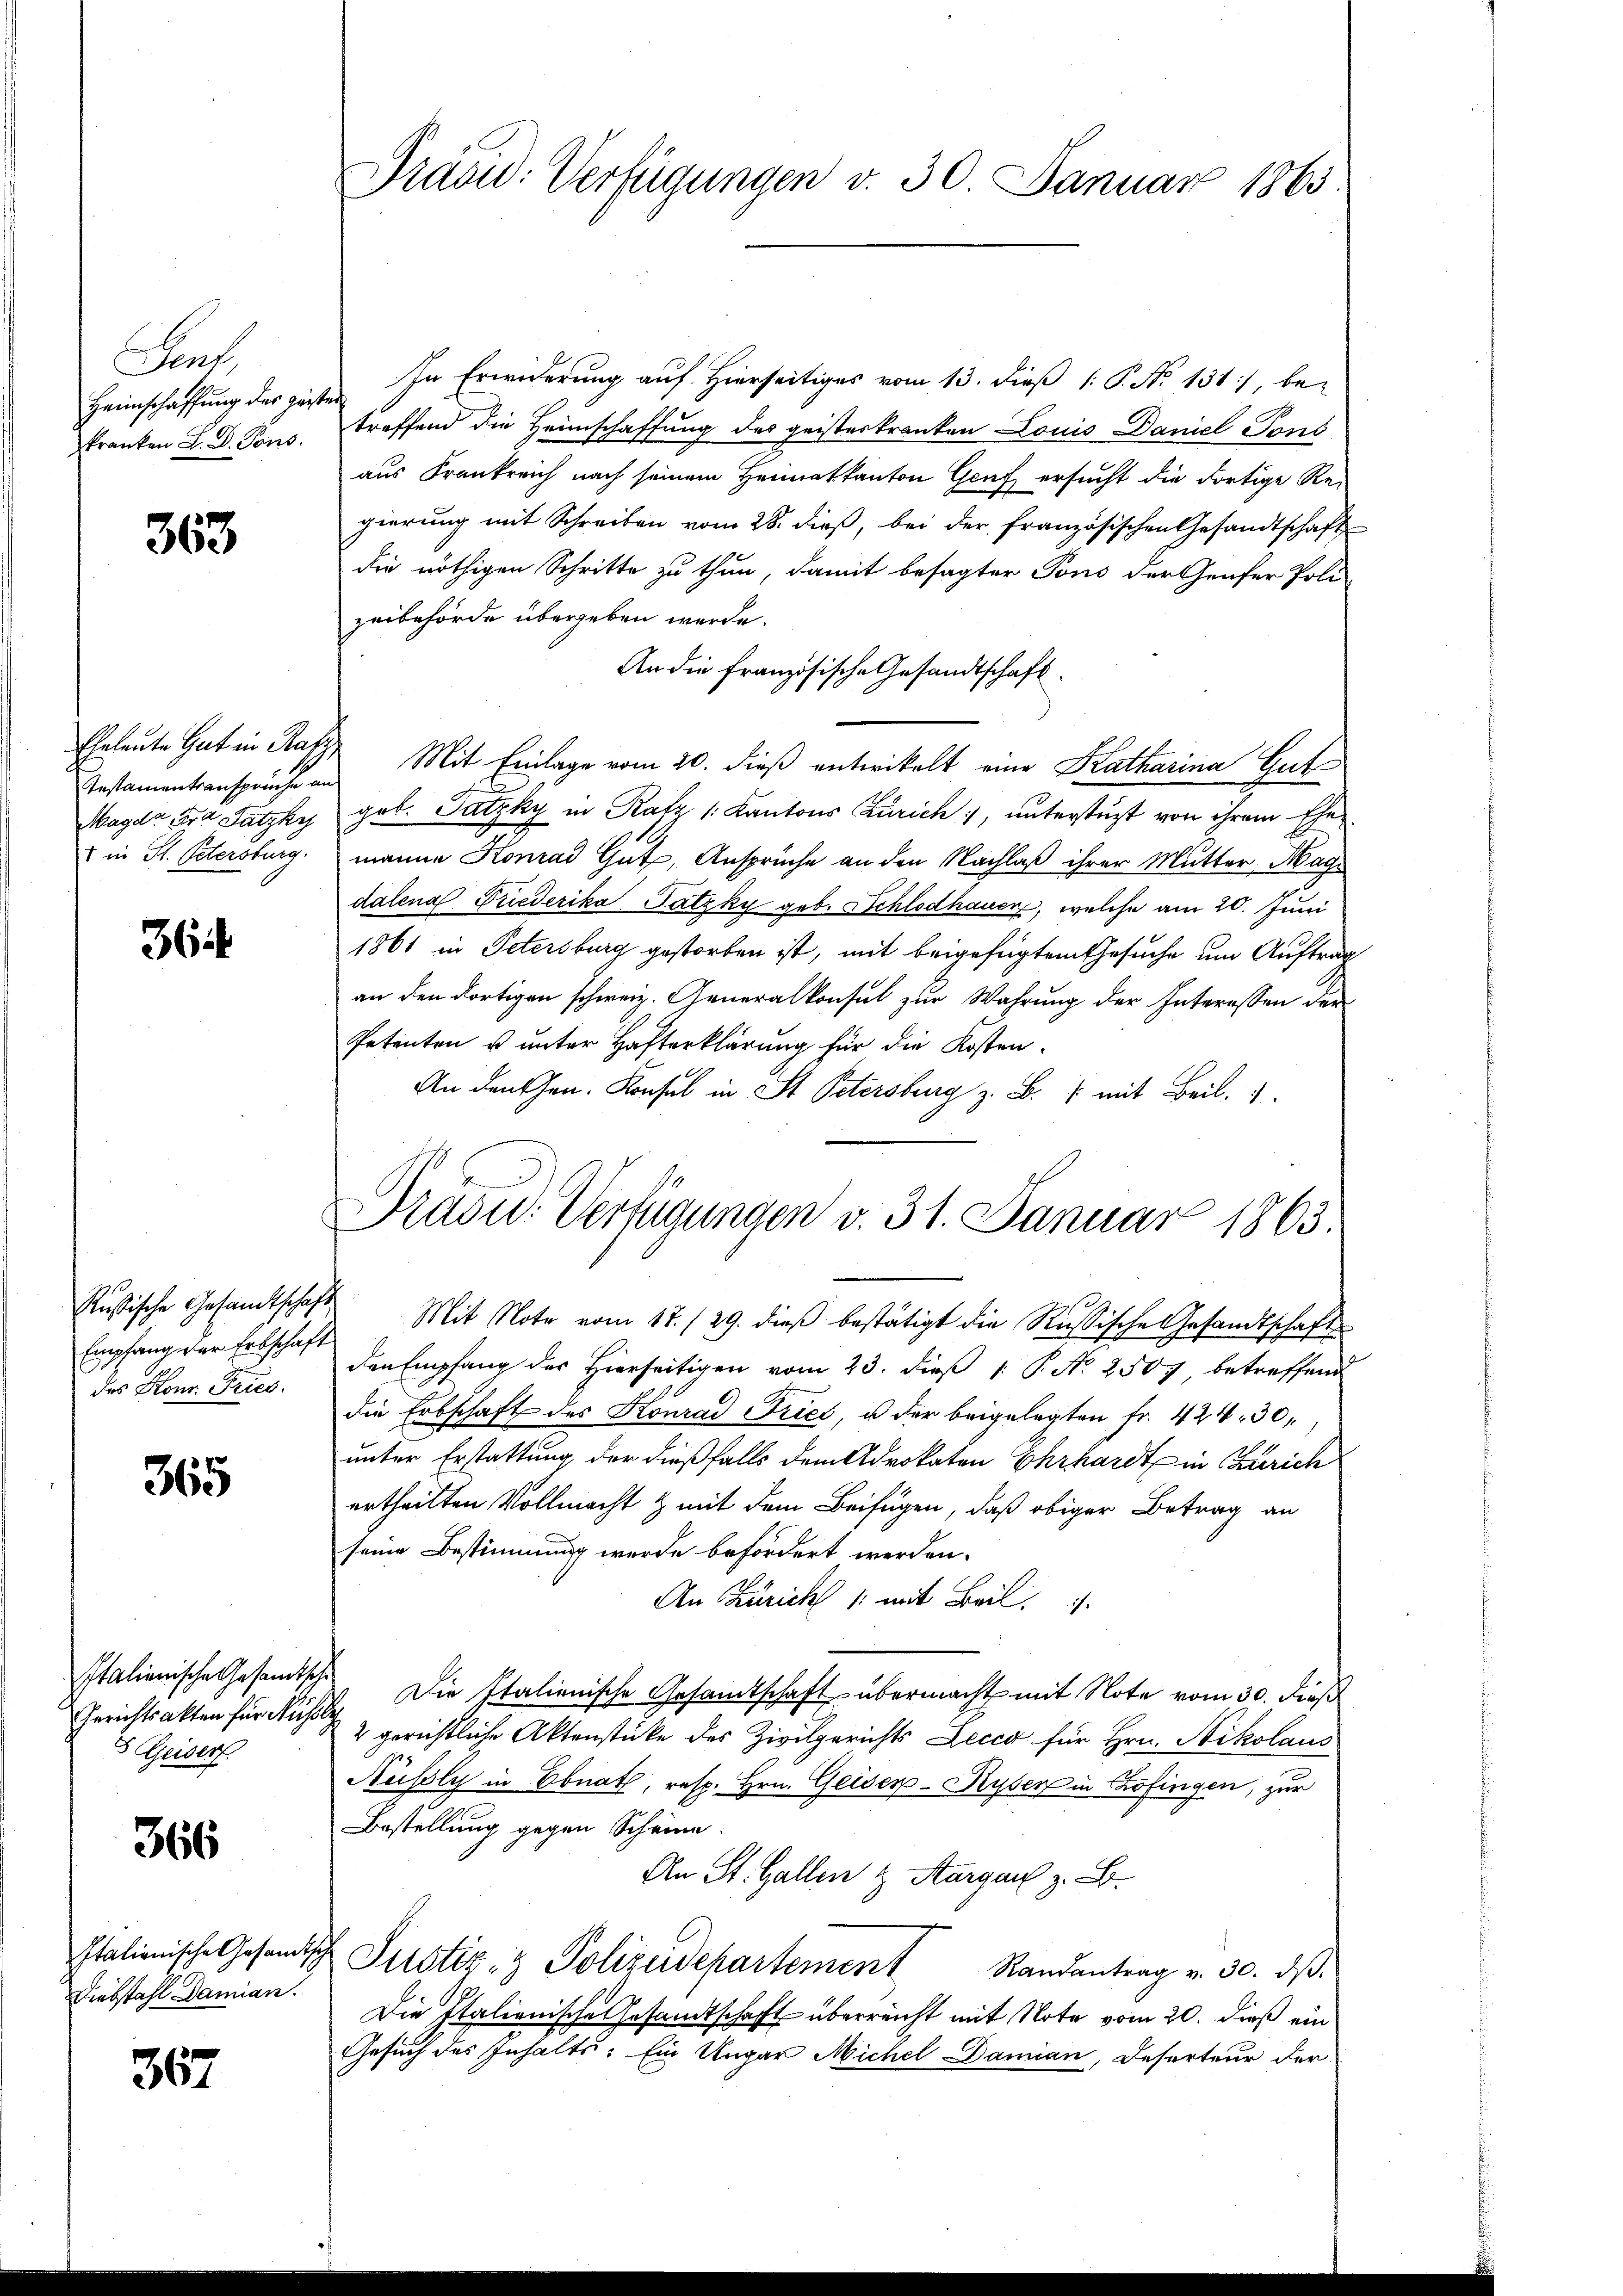
Sent
Heimschaffung des gest
kranken L. D. Pons.

363

Instamentsansprüche an
Magd Fra Satzky
1 in St. Petersburg.

364

Rußische Gesandtschafts
Empfang der Erbschaft
des Kons. Tries.

365

Italienische Gesandts
Gerichtsakten für Müh
5 Geiser

366

Italionische Gesamt
Diebstahl Damian.

367

Präcu: Verfügungen v. 30. Januar 1863.

In Erwiderung auf Hierseitiges vom 13. dieß P. No 131, be-
¬
treffend die Heimschaffung des geisteskranken Louis Daniel Tons
aus Frankreich nach seinem Heimatkanton Genf ersucht die dortige Regierung mit Schreiben vom 28. dieß, bei der französischen Gesandtschaft
die nöthigen Schritte zu thun, damit besagter Tons der Genfer Poli-
zeibehörde übergeben werde.
An die französische Gesandtschaft.
Eheleute Gut in Kraft Mit Einlage vom 20. dieß entwickelt eine Katharina Gut
geb. Satzky in Rafz /: Kantons Zürich, unterstüzt von ihrem Ehe
manne Konrad Gut, Ansprüche an den Nachlaß ihrer Mutter, Mag
dalena Friederika Patzky geb. Schlodhauer, welche am 20. Juni
1861 in Petersburg gestorben ist, mit beigefügtem Gesuche um Auftrag
an den dortigen schweiz. Generalkonsul zur Wahrung der Interessen den
Petenten u unter Hafterklärung für die Kosten¬
An denken. Konsul in St. Petersburg z. B. /: mit Beil.
Mit Note vom 17./29. dieß bestätigt die Russische Gesandtschaft
den Empfang der Hierseitigen vom 23. dieß 1 P. N. 2507 betreffend
die Erbschaft des Konrad Fries, u der beigelegten fr. 424. 30
unter Erstattung der dießfalls dem Advokaten Ehrhardt in Zürich
ertheilten Vollmacht & mit dem Beifügen, daß obiger Betrag an
seine Bestimmung werde befördert werden.
An Zürich 1 mit Beil.
 Die Italienische Gesamtschaft übermacht mit Note vom 30. dieß
2 gerichtliche Aktenstücke des Zivilgerichts Lecca für Hrn. Nikolaus
Nüssly in Ebnat, resp. Hrn. Geiser- Ryser in Zofingen, zur
Bestellung gegen Scheine.
An St. Gallen & Aargau z. B.
Justiz- & Polizeidepartement Randantrag v. 30. dβ.
Die Italienische Gesandtschaft überreicht mit Note vom 20. dieß ein
Gesuch des Inhalts: Ein Ungar Michel Damian, Deserteur der

Präsid.. Verfügungen v. 31. Januar 1863.